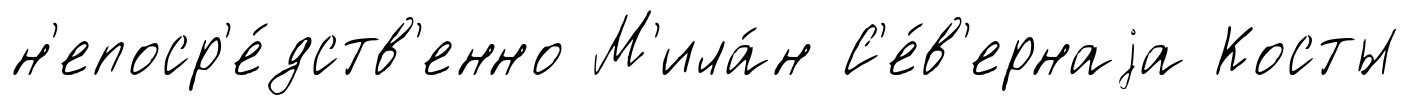
н'епоср'е́дств'енно М'ила́н С'е́в'ернаjа Косты